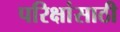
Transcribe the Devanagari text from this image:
परिक्षांसाठी